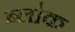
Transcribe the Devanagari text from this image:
ब्ला॓क